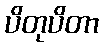
ပိတုပိတာ